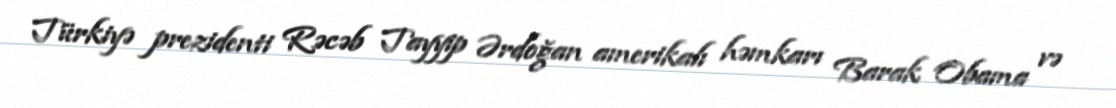
Türkiyə prezidenti Rəcəb Tayyip Ərdoğan amerikalı həmkarı Barak Obama və